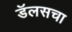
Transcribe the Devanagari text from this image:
डॅलसचा